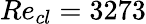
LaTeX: Re_{cl}=3273